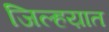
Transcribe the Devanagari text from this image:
जिल्हय़ात